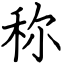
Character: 称